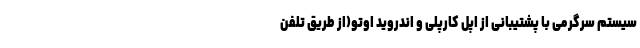
سیستم سرگرمی با پشتیبانی از اپل کارپلی و اندروید اوتو(از طریق تلفن